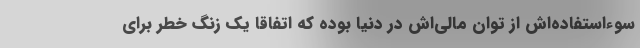
سوءاستفاده‌اش از توان مالی‌اش در دنیا بوده که اتفاقا یک زنگ خطر برای